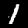
Digit: 1